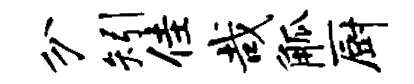
分矧佳哉觚厨